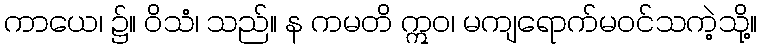
ကာယေ၊ ၌။ ဝိသံ၊ သည်။ န ကမတိ ဣဝ၊ မကျရောက်မဝင်သကဲ့သို့။